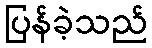
ပြန်ခဲ့သည်